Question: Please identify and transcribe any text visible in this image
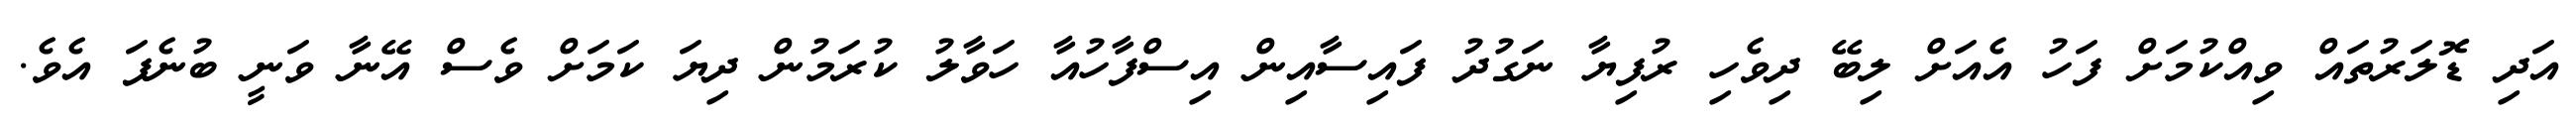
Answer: އަދި ޑޮލަރުތައް ވިއްކުމަށް ފަހު އެއަށް ލިބޭ ދިވެހި ރުފިޔާ ނަގުދު ފައިސާއިން އިސްފާހުއާ ހަވާލު ކުރަމުން ދިޔަ ކަމަށް ވެސް އޭނާ ވަނީ ބުނެފަ އެވެ.